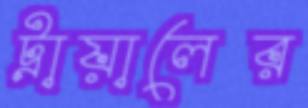
ট্রায়ালের